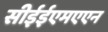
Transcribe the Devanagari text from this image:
सीईईएमएएन